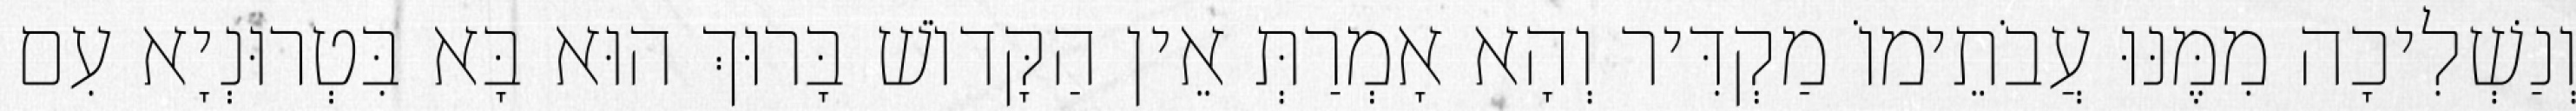
וְנַשְׁלִיכָה מִמֶּנּוּ עֲבֹתֵימוֹ מַקְדִּיר וְהָא אָמְרַתְּ אֵין הַקָּדוֹשׁ בָּרוּךְ הוּא בָּא בִּטְרוּנְיָא עִם